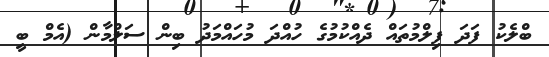
ބްލެކު ފަދަ ފިލްމުތައް ދެއްކުމުގެ ހުއްދަ މުހައްމަދު ބިން ސަލްމާން (އެމް ބީ